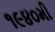
૧૯૪૦મી